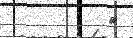
٨